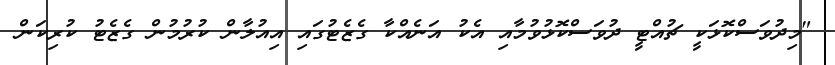
"މިދުވަސްކޮޅަކީ ޗުއްޓީ ދުވަސްކޮޅުވުމާއި އެކު އަނެއްކާ ގެޒެޓުގައި އިއުލާން ކުރުމުން ގެޒެޓު ކުރިކަން